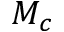
M _ { c }